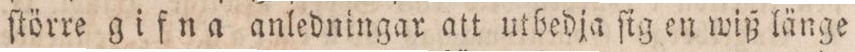
ſtörre gifna anledningar att utbedja ſig en wiß länge